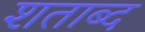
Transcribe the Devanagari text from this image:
शताब्द